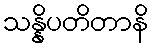
သန္နိပတိတာနိ